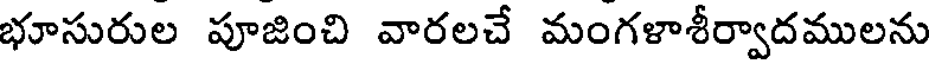
భూసురుల పూజించి వారలచే మంగళాశీర్వాదములను